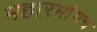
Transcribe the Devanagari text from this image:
महारमांगच